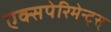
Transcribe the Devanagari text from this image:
एक्सपेरिमेन्ट्‌स्